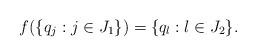
LaTeX: \begin{align*}f(\{q_{j}: j \in J_{1}\})=\{q_{l}: l \in J_{2}\}.\end{align*}